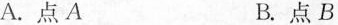
A.点A B.点B